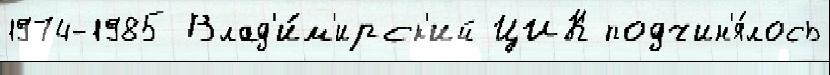
1974-1985 Влад'и́м'ирск'ий ЦИК подчин'я́лось